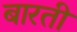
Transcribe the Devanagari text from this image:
बारती